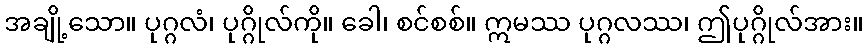
အချို့သော။ ပုဂ္ဂလံ၊ ပုဂ္ဂိုလ်ကို။ ခေါ၊ စင်စစ်။ ဣမဿ ပုဂ္ဂလဿ၊ ဤပုဂ္ဂိုလ်အား။